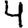
Digit: 4